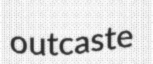
outcaste